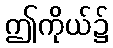
ဤကိုယ်၌